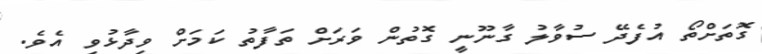
ގޮތަށްތޯ އުފެދޭ ސުވާލު ގާނޫނީ ގޮތުން ވަރަށް ތަފާތު ކަމަށް ވިދާޅުވި އެވެ.